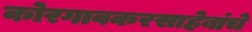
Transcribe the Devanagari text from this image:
कोरगावकरसाहेबांचे